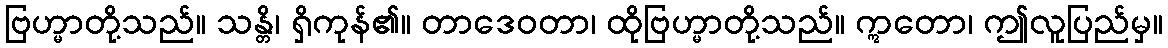
ဗြဟ္မာတို့သည်။ သန္တိ၊ ရှိကုန်၏။ တာဒေဝတာ၊ ထိုဗြဟ္မာတို့သည်။ ဣတော၊ ဤလူပြည်မှ။